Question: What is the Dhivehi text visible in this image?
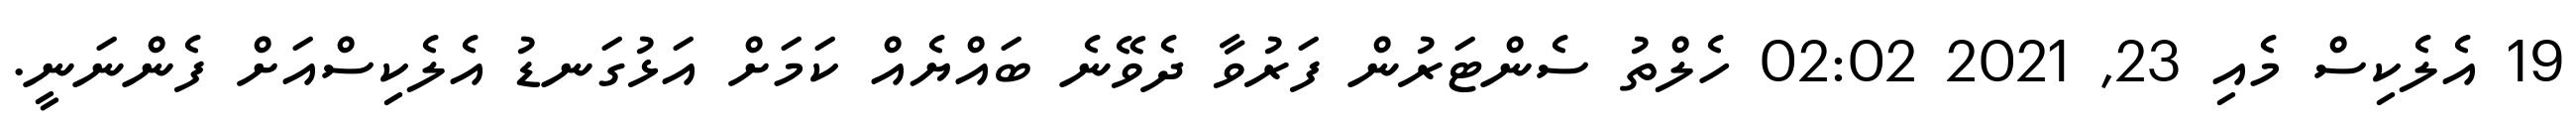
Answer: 19 އެލެކިސް މެއި 23, 2021 02:02 ހެލްތު ސެންޓަރުން ފަރުވާ ދެވޭނެ ބައްޔެއް ކަމަށް އަޅުގަނޑު އެލެކިސްއަށް ފެންނަނީ.